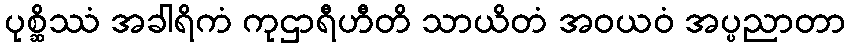
ပုစ္ဆိဿံ အခါရိကံ ကုဌာရီဟီတိ သာယိတံ အဝယဝံ အပ္ပညာတာ